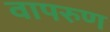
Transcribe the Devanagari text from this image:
वापरुण